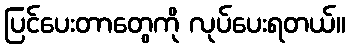
ပြင်ပေးတာတွေကို လုပ်ပေးရတယ်။